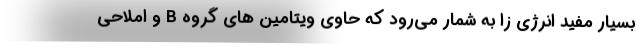
بسیار مفید انرژی زا به شمار می‌رود که حاوی ویتامین های گروه B و املاحی